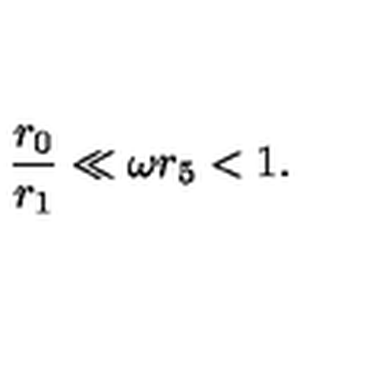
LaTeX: \frac { r _ { 0 } } { r _ { 1 } } \ll \omega r _ { 5 } < 1 .